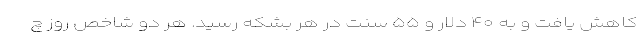
کاهش یافت و به ۴۰ دلار و ۵۵ سنت در هر بشکه رسید. هر دو شاخص روز چ